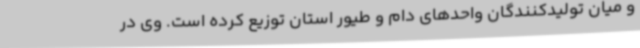
و میان تولیدکنندگان واحدهای دام و طیور استان توزیع کرده است. وی در